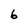
Character: 6